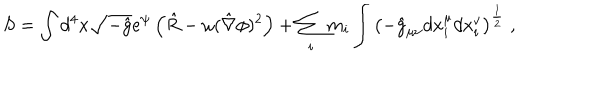
LaTeX: S = \int d ^ { 4 } x \sqrt { - \hat { g } } e ^ { \psi } \left( \hat { R } - \omega ( \hat { \nabla } \phi ) ^ { 2 } \right) + \sum _ { i } m _ { i } \int \left( - \hat { g } _ { \mu \nu } d x _ { i } ^ { \mu } d x _ { i } ^ { \nu } \right) ^ { \frac { 1 } { 2 } } \; ,